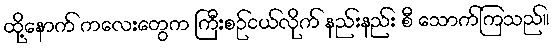
ထို့နောက် ကလေးတွေက ကြီးစဉ်ငယ်လိုက် နည်းနည်း စီ သောက်ကြသည်။